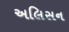
અલિસન